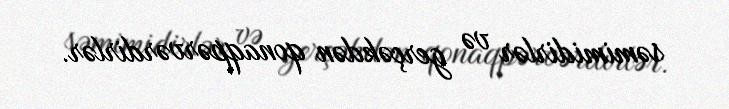
səmimidirlər və gerçəkdən qonaqpərvərdirlər.